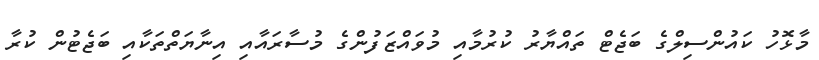
މާޅޮހު ކައުންސިލްގެ ބަޖެޓް ތައްޔާރު ކުރުމާއި މުވައްޒަފުންގެ މުސާރައާއި އިނާޔަތްތަކާއި ބަޖެޓުން ކުރާ